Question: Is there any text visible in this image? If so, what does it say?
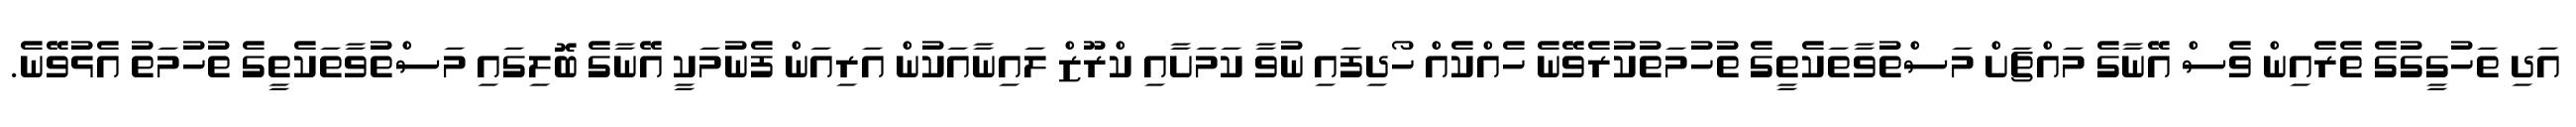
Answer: އަދި ތަހުގީގުގެ ތެރެއިން ވެސް އޭނާގެ މައްޗަށް މަސްތުވާތަކެތީގެ ތުހުމަތުކުރެވޭނެ ހެއްކެއް ހޯދިފައި ނުވާ ކަމަށާއި ކްރޫޒް ލައިނާއަކުން އަރިއަން ފެނުމަކީ އޭނާގެ ބޮލިގައި މަސްތުވާތަކެތީގެ ތުހުމަތު އެޅުވޭނެ.